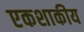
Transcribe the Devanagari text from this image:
एकशाकीय